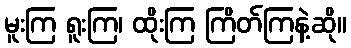
မူးကြ ရူးကြ၊ ထိုးကြ ကြိတ်ကြနဲ့ဆို။